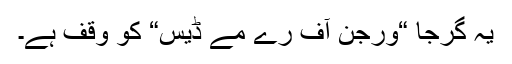
یہ گرجا “ورجن آف رے مے ڈيس“ کو وقف ہے۔